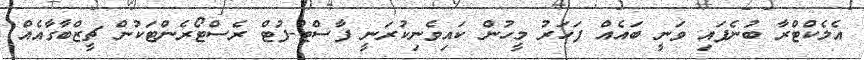
އެލެކްޓްރާ ބުނެފައި ވަނީ ބައެއް ފަހަރު މީހުން ކައިވެނިކުރަނީ ފާސްޓް-ފުޓް ރެސްޓޯރެންޓަކުން ޗީޒްބާގާއެއް